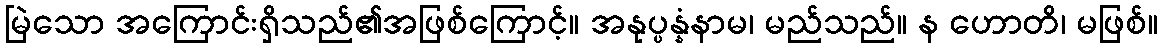
မြဲသော အကြောင်းရှိသည်၏အဖြစ်ကြောင့်။ အနုပ္ပန္နံနာမ၊ မည်သည်။ န ဟောတိ၊ မဖြစ်။